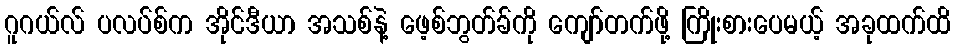
ဂူဂယ်လ် ပလပ်စ်က အိုင်ဒီယာ အသစ်နဲ့ ဖေ့စ်ဘွတ်ခ်ကို ကျော်တက်ဖို့ ကြိုးစားပေမယ့် အခုထက်ထိ